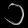
Digit: ၁